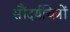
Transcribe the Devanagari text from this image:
सौंदर्यचित्रों